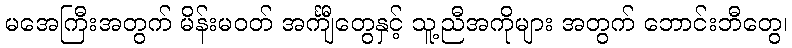
မအေကြီးအတွက် မိန်းမဝတ် အင်္ကျီတွေနှင့် သူ့ညီအကိုများ အတွက် ဘောင်းဘီတွေ၊